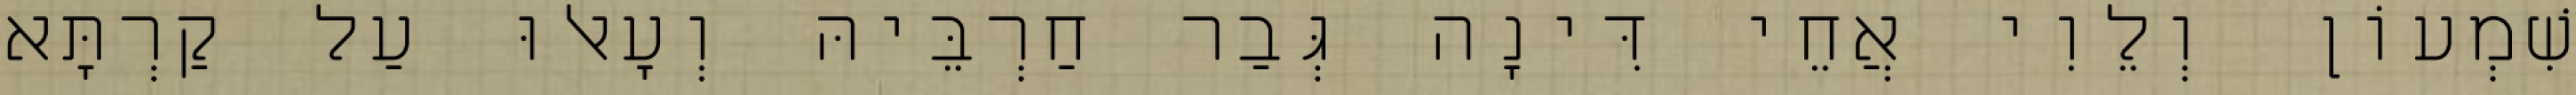
שִׁמְעוֹן וְלֵוִי אֲחֵי דִּינָה גְּבַר חַרְבֵּיהּ וְעָאלוּ עַל קַרְתָּא